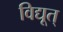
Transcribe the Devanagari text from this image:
विद्यूत्‌